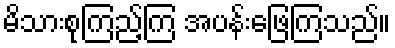
မိသားစုကြည့်ကြ အပန်းဖြေကြသည်။